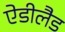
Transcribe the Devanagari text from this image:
ऐडीलैड